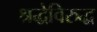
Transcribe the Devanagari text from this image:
श्रद्धेविरुद्ध